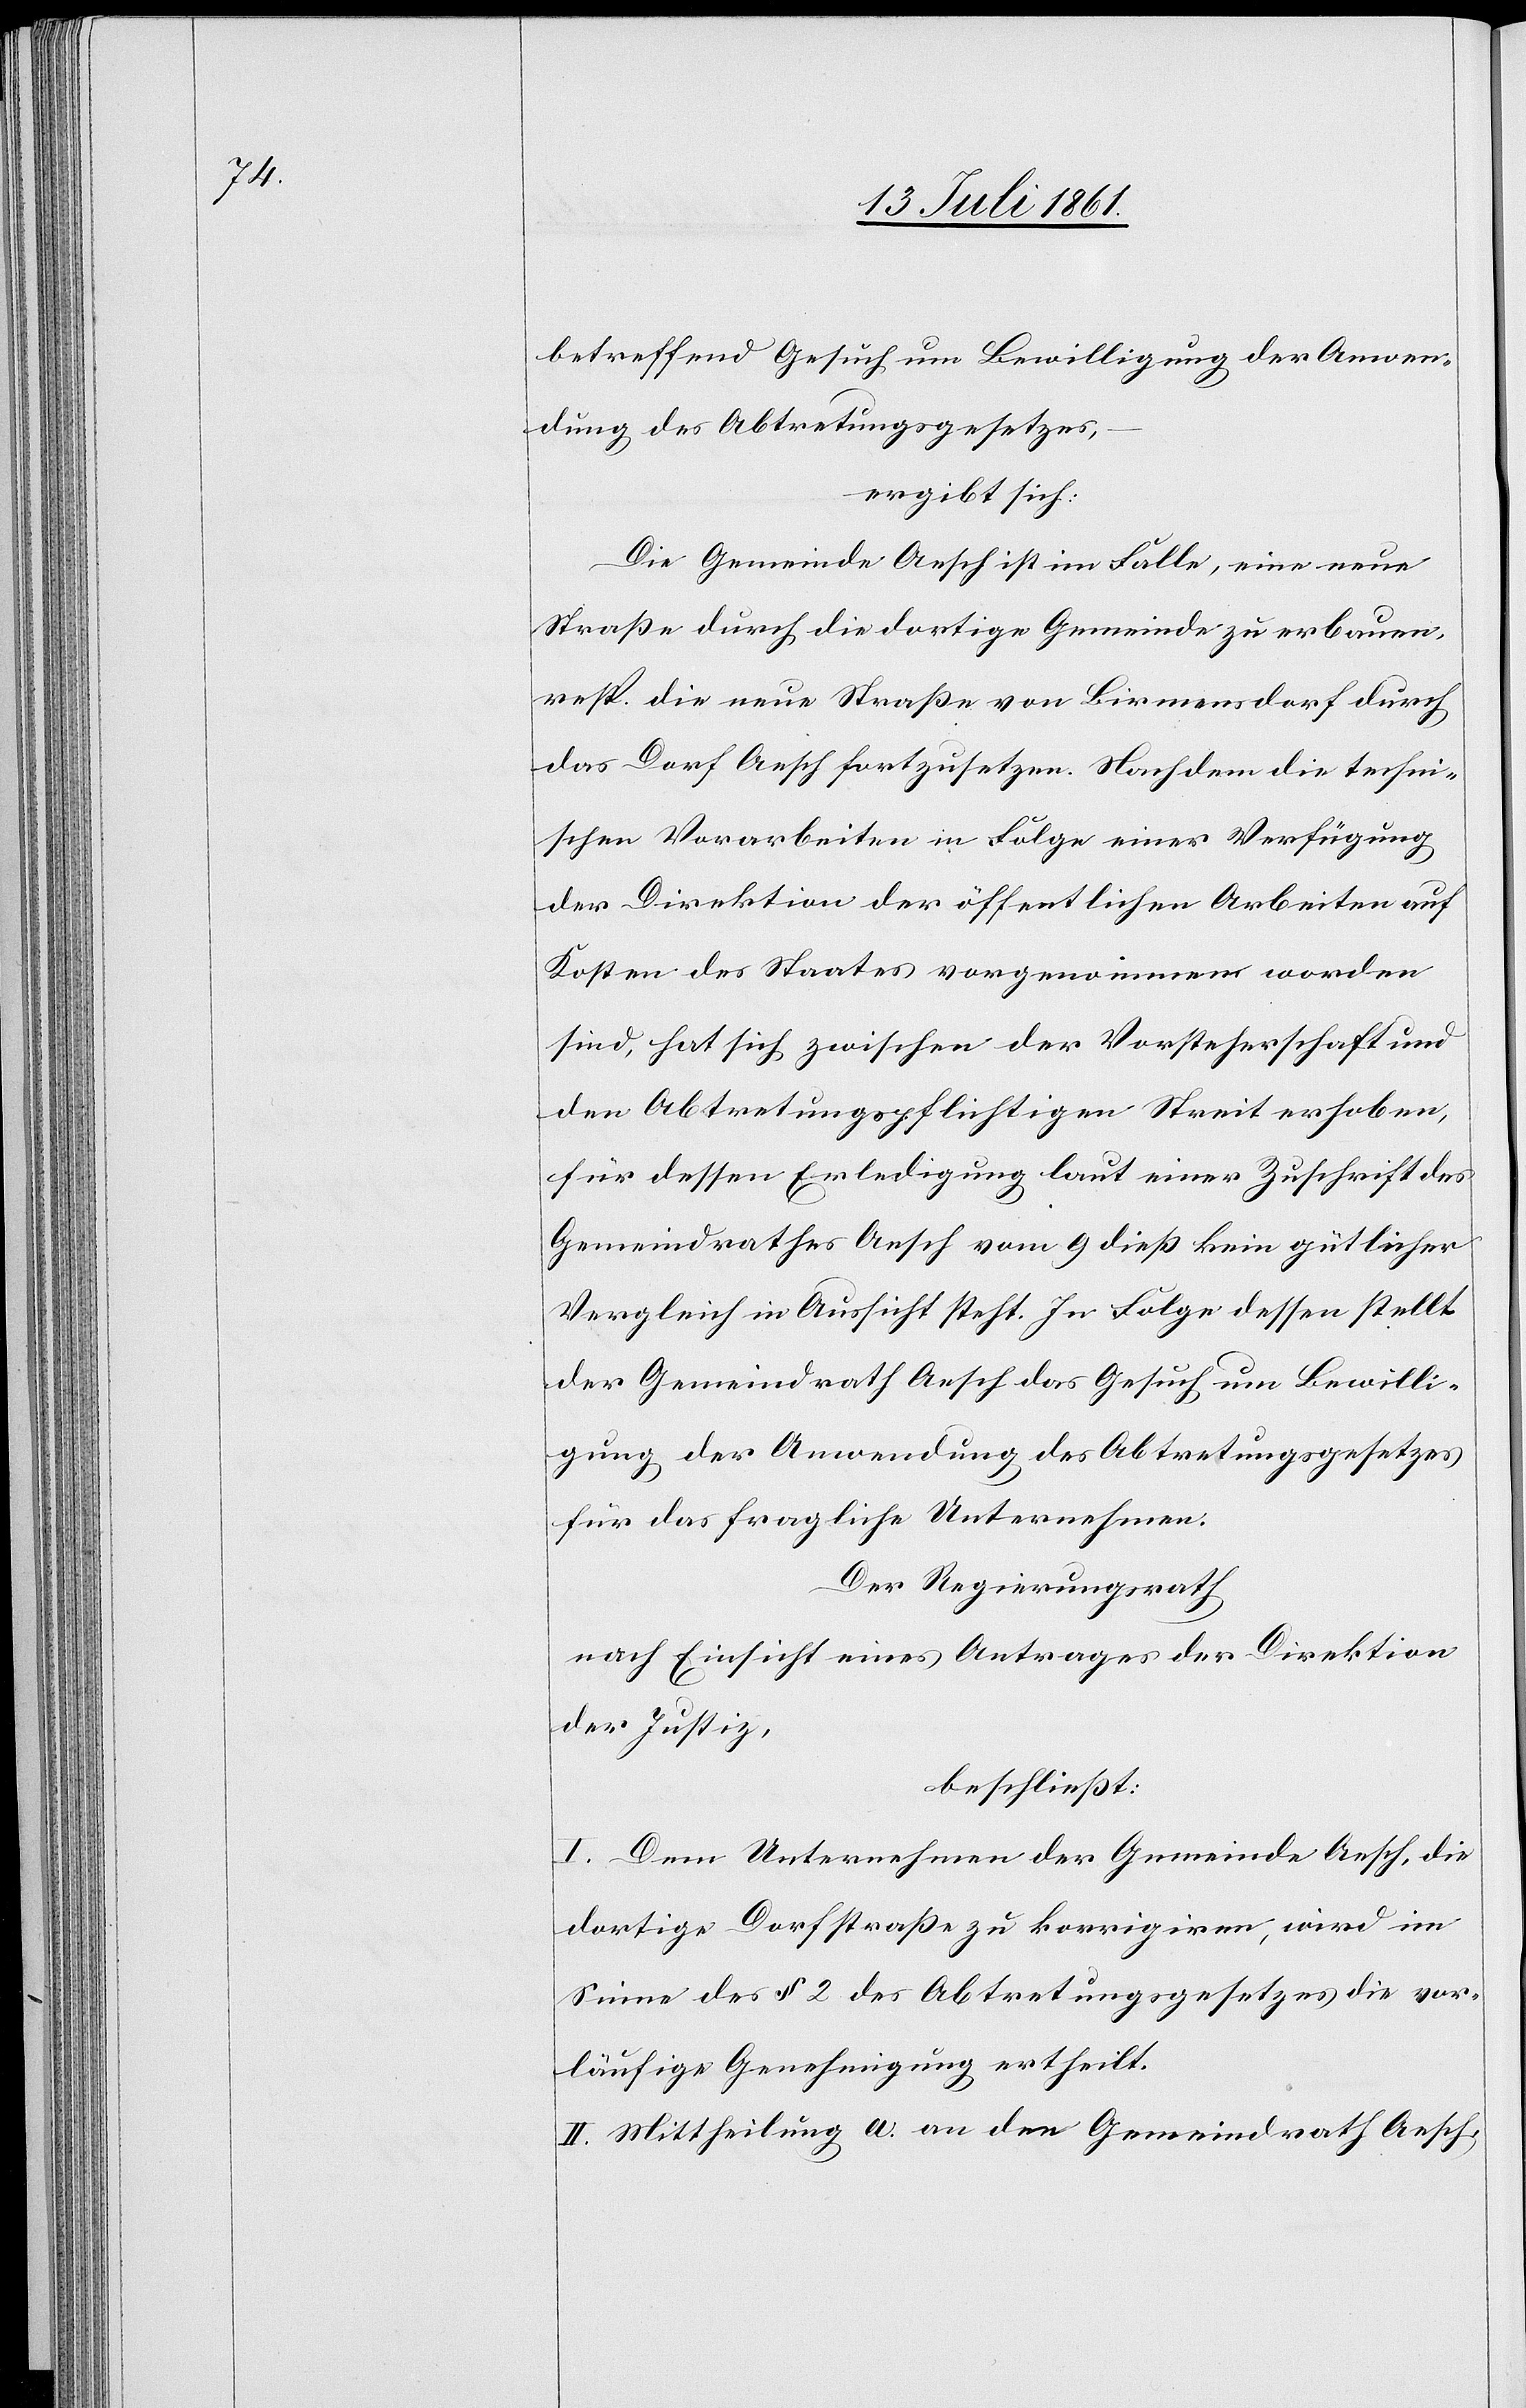
betreffend Gesuch um Bewilligung der Anwen¬
dung des Abtretungsgesetzes,
ergibt sich:
Die Gemeinde Aesch ist im Falle, eine neue
Straße durch die dortige Gemeinde zu erbauen,
resp. die neue Straße von Birmensdorf durch
das Dorf Aesch fortzusetzen. Nachdem die techni¬
schen Vorarbeiten in Folge einer Verfügung
der Direktion der öffentlichen Arbeiten auf
Kosten des Staates vorgenommen worden
sind, hat sich zwischen der Vorsteherschaft und
den Abtretungspflichtigen Streit erhoben,
für dessen Erledigung laut einer Zuschrift des
Gemeindrathes Aesch vom 9 dieß kein gütlicher
Vergleich in Aussicht steht. In Folge dessen stellt
der Gemeindrath Aesch das Gesuch um Bewilli¬
gung der Anwendung des Abtretungsgesetzes
für das fragliche Unternehmen.
Der Regierungsrath
nach Einsicht eines Antrages der Direktion
der Justiz,
beschließt:
I. Dem Unternehmen der Gemeinde Aesch, die
dortige Dorfstraße zu korrigiren, wird im
Sinne des § 2 des Abtretungsgesetzes die vor¬
läufige Genehmigung ertheilt.
II. Mittheilung a. an den Gemeindrath Aesch,